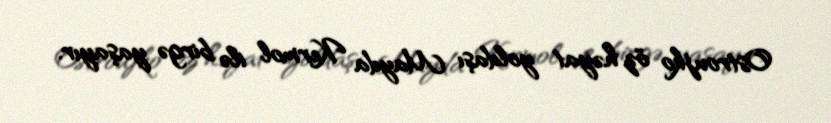
Ostroujko öz həyat yoldaşı Mayda Kermol ilə birgə yaşayır.